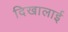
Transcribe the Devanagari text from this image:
दिखालाई